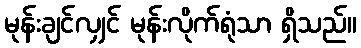
မုန်းချင်လျှင် မုန်းလိုက်ရုံသာ ရှိသည်။